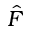
\hat { F }